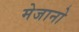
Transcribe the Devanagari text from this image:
मेजानो